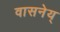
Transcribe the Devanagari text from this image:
वासनेय्